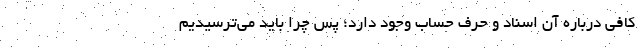
کافی درباره آن اسناد و حرف حساب وجود دارد؛ پس چرا باید می‌ترسیدیم